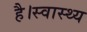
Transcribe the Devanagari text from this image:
है।स्वास्थ्य